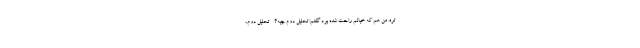
تره. من هم که خیالم راحت شده بود گفتم: تحلیل دوم چیه؟ - تحلیل دوم،